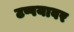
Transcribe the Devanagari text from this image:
टप्पयावर